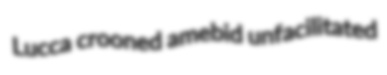
Lucca crooned amebid unfacilitated